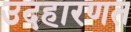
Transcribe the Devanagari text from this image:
उदहारणत